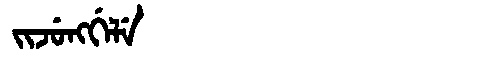
Manchu: ᠵᡳᠵᡠᠩᡤᡝᠯᡝ
Romanization: JIJUNGGELE